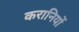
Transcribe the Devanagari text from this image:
करानियों